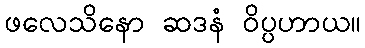
ဖလေသိနော ဆဒနံ ဝိပ္ပဟာယ။